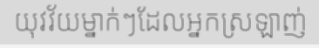
យុវវ័យម្នាក់ៗដែលអ្នកស្រឡាញ់